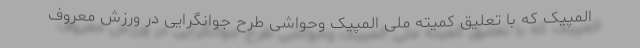
المپیک که با تعلیق کمیته ملی المپیک وحواشی طرح جوانگرایی در ورزش معروف